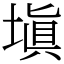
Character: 塡